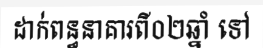
ដាក់ពន្ធនាគារពី០២ឆ្នាំ ទៅ